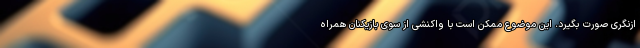
ازنگری صورت بگیرد. این موضوع ممکن است با واکنشی از سوی بازیکنان همراه